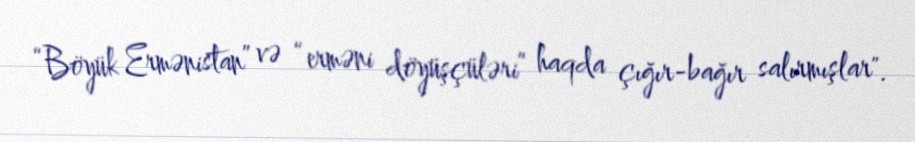
“Böyük Ermənistan” və “erməni döyüşçüləri” haqda çığır-bağır salırmışlar".